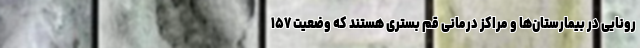
رونایی در بیمارستان‌ها و مراکز درمانی قم بستری هستند که وضعیت ۱۵۷